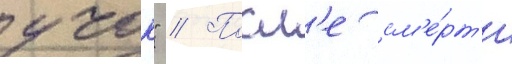
учок" // Посл'е см'е́рт'и